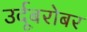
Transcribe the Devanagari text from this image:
उर्दूबरोबर